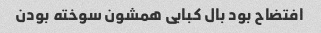
افتضاح بود بال کبابی همشون سوخته بودن